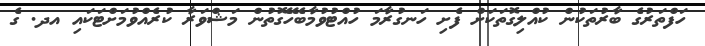
ހަފްތަރުގެ ބާރުތަކުން ކުއްލިގޮތަކަށް ފެށި ހަނގުރާމަ ހުއްޓުުވުމާބެހޭގޮތުން މަޝްވަރާ ކުރެއްވުމަށްޓަކައި އދ. ގެ